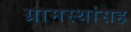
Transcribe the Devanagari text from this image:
ग्रामस्थांसह